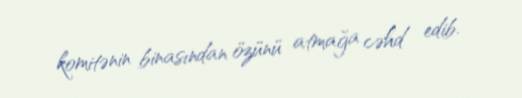
komitənin binasından özünü atmağa cəhd edib.